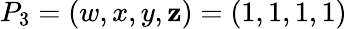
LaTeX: P_{3}=(w,x,y,\mathbf{z})=(1,1,1,1)